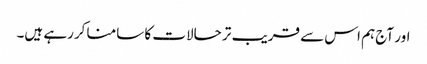
اور آج ہم اس سے قریب تر حالات کا سامنا کررہے ہیں۔